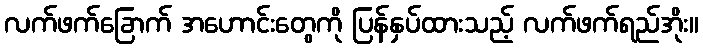
လက်ဖက်ခြောက် အဟောင်းတွေကို ပြန်နှပ်ထားသည့် လက်ဖက်ရည်အိုး။